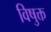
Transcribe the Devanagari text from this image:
विषुक्त